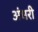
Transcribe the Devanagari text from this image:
अंधरी